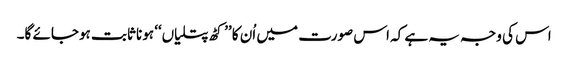
اس کی وجہ یہ ہے کہ اس صورت میں اُن کا ’’کٹھ پتلیاں‘‘ ہونا ثابت ہوجائے گا۔